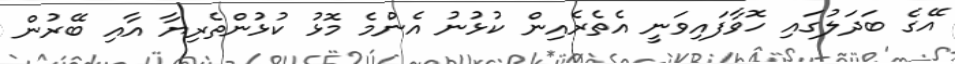
އޭގެ ބަދަލުގައި ހޮވާފައިވަނީ އެތެރެއިން ކުޅުނު އެންމެ މޮޅު ކުޅުންތެރިޔާ އާއި ބޭރުން